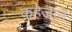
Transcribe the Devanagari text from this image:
कहेजाने